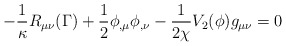
\begin{align*}-\frac{1}{\kappa}R_{\mu\nu}({\Gamma})+\frac{1}{2}\phi_{,\mu}\phi_{,\nu} -\frac{1}{2\chi}V_{2}(\phi)g_{\mu\nu}=0 \end{align*}